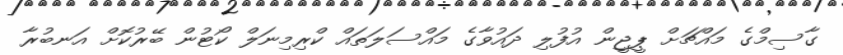
ގާސިމްގެ މައްޗަށް ޕީޖީން އުފުލި ދައުވާގެ މައްސަލަތައް ކްރިމިނަލް ކޯޓުން ބޭރުކޮށް އަނބުރާ